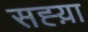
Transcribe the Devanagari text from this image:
सह्य़ा